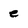
Character: e